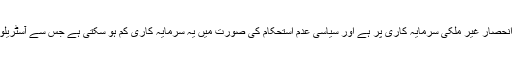
آسٹریلیا کی چالیس فیصد معیشت کا انحصار غیر ملکی سرمایہ کاری پر ہے اور سیاسی عدم استحکام کی صورت میں یہ سرمایہ کاری کم ہو سکتی ہے جس سے آسٹریلوی معیشت کو نقصان پہنچ سکتا ہے۔